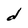
Character: d